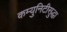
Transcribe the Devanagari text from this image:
कम्युनिटीसुद्धा